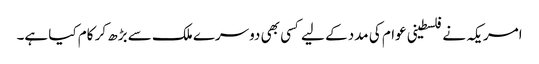
امریکہ نے فلسطینی عوام کی مدد کے لیے کسی بھی دوسرے ملک سے بڑھ کر کام کیا ہے۔